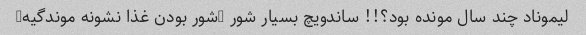
لیموناد چند سال مونده بود؟!! ساندویچ بسیار شور (شور بودن غذا نشونه موندگیه)